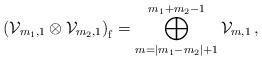
LaTeX: \begin{align*} \left({\cal V}_{m_1,1}\otimes{\cal V}_{m_2,1}\right)_{\mathrm f} = \bigoplus_{m=|m_1-m_2|+1}^{m_1+m_2-1} {\cal V}_{m,1} \,,\end{align*}